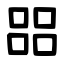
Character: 㗊